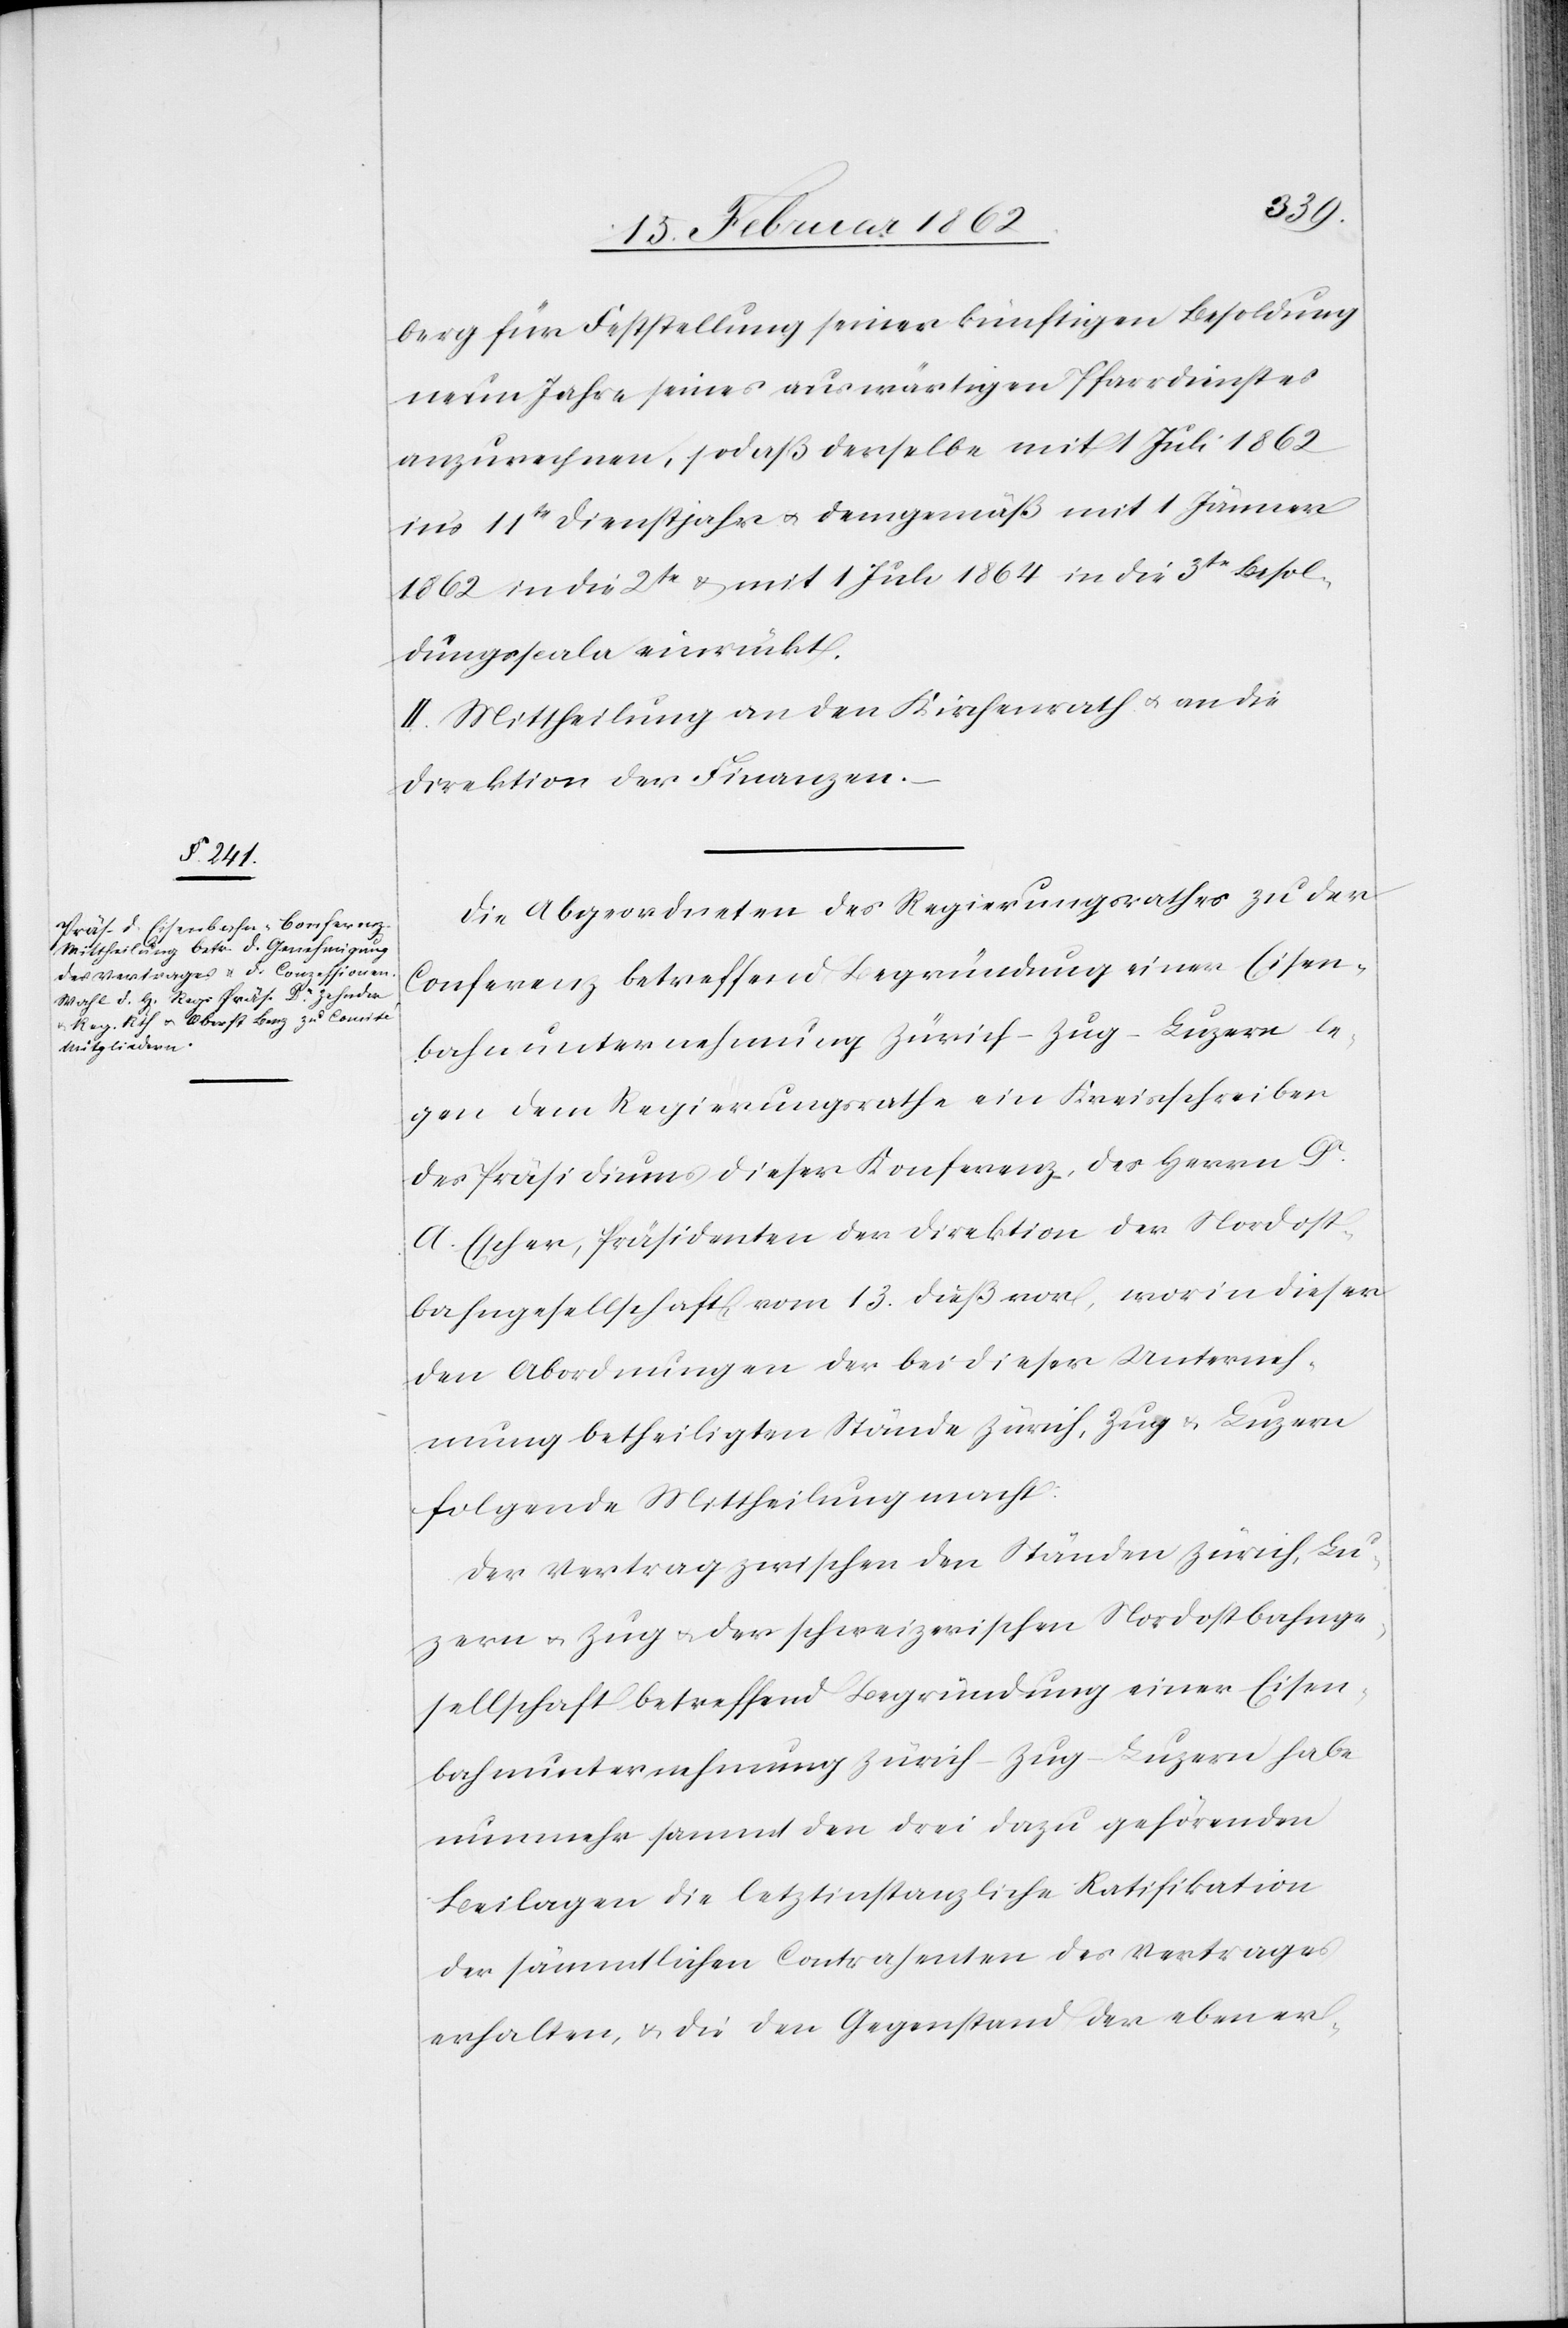
berg für Feststellung seiner künftigen Besoldung
neun Jahre seines auswärtigen Pfarrdienstes
anzurechnen, so daß derselbe mit 1 Juli 1862
in’s 11te Dienstjahr u. demgemäß mit 1 Jänner
1862 in die 2te & mit 1 Juli 1864 in die 3te Besol¬
dungsscala einrückt.
II. Mittheilung an den Kirchenrath u. an die
Direktion der Finanzen.
Die Abgeordneten des Regierungsrathes zu der
Conferenz betreffend Begründung einer Eisen¬
bahnunternehmung Zürich–Zug–Luzern le¬
gen dem Regierungsrathe ein Kreisschreiben
des Präsidiums dieser Konferenz, des Herrn Dr.
A. Escher, Präsidenten der Direktion der Nordost¬
bahngesellschaft, vom 13. dieß vor, worin dieser
den Abordnungen der bei dieser Unterneh¬
mung betheiligten Stände Zürich, Zug & Luzern
folgende Mittheilung macht:
Der Vertrag zwischen den Ständen Zürich, Lu¬
zern u. Zug u. der schweizerischen Nordostbahnge¬
sellschaft betreffend Begründung einer Eisen¬
bahnunternehmung Zürich–Zug–Luzern habe
nunmehr sammt den drei dazu gehörenden
Beilagen die letztinstanzliche Ratifikation
der sämmtlichen Contrahenten des Vertrages
erhalten, & die den Gegenstand der eben er-